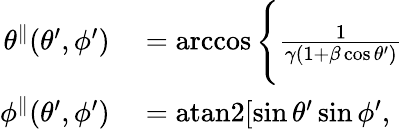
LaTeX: \begin{array}{rl}{\theta^{\parallel}(\theta^{\prime},\phi^{\prime})}&{{}=\operatorname{arccos}\Bigg\{ \frac{1}{{\gamma(1+\beta\cos\theta^{\prime})}}}\\ {\phi^{\parallel}(\theta^{\prime},\phi^{\prime})}&{{}=\mathrm{atan2}[\sin\theta^{\prime}\sin\phi^{\prime},}\end{array}